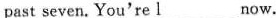
past seven. You're